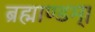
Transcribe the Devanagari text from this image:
ब्रह्माण्डम्।